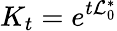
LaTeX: {K}_{t}=e^{t\mathcal{L}_{0}^{\ast}}